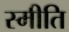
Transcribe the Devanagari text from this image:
स्मीति